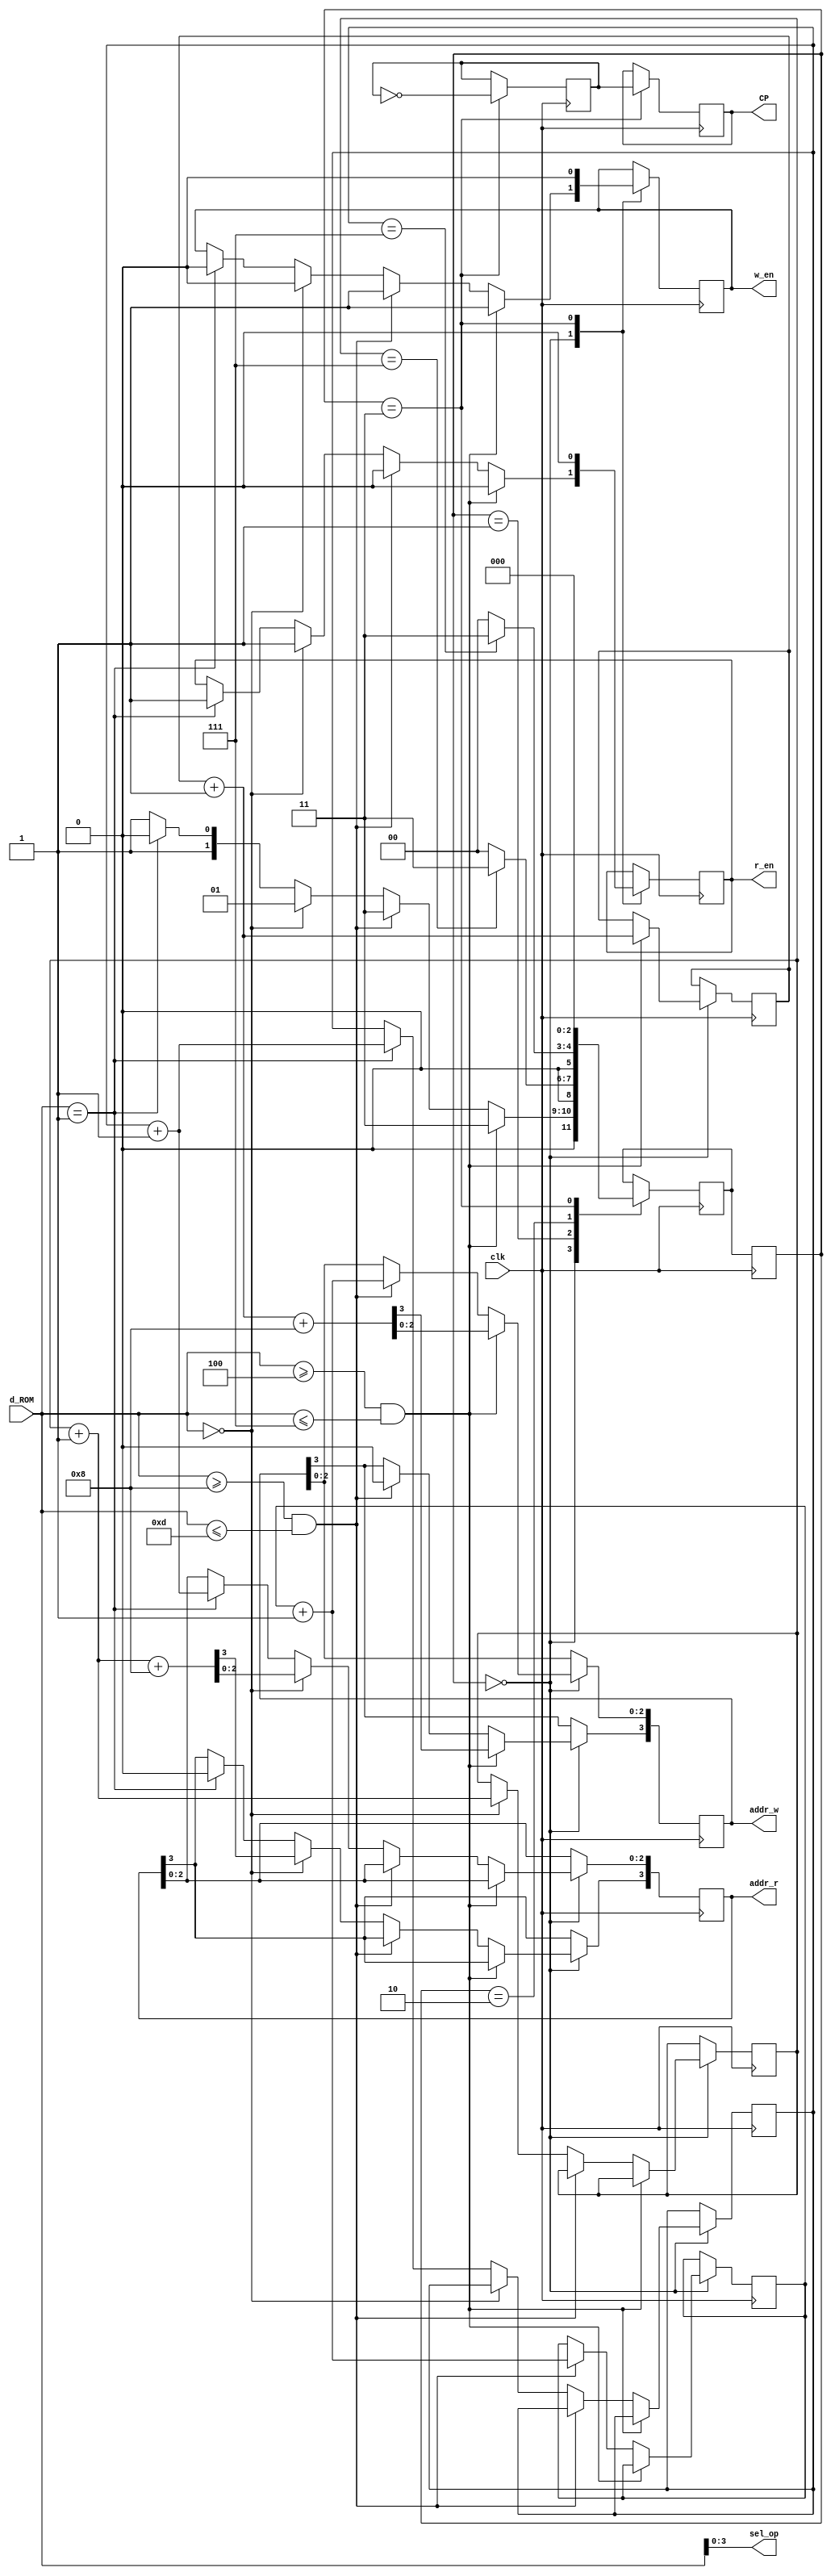
`timescale 1ns / 1ps
//////////////////////////////////////////////////////////////////////////////////
// Company: 
// Engineer: 
// 
// Design Name: 
// Module Name: unidaddeControl
// Project Name: 
// Target Devices: 
// Tool Versions: 
// Description: 
// 
// Dependencies: 
// 
// Revision:
// Revision 0.01 - File Created
// Additional Comments:
// 
//////////////////////////////////////////////////////////////////////////////////

module UC(
	input clk,
	input [31:0] d_ROM,
	output reg w_en,r_en,CP,
	output reg [3:0] sel_op,addr_w,addr_r
);
    reg auxCP = 0;
	localparam S0 = 0, S1 = 1, S2 = 2, S3 = 3, S4 = 4;	//Estados
    reg [2:0] Edo_act = S3;
    reg [2:0] Edo_sig;
    reg [2:0] aux_addr_wArit = 3'b111;
    reg [2:0] aux_addr_wLogic = 3'b111;
    
    reg [2:0] aux_addr_rArit = 3'b111;
    reg [2:0] aux_addr_rLogic = 3'b111;
    
    always@(d_ROM)
    begin
        sel_op = d_ROM[3:0];   
    end
    
    always@(posedge clk)
    begin
        case(Edo_act)
            S0:
            begin
                if(d_ROM >= 4'b0100 && d_ROM <= 4'b0111) //Arith
                begin
                    aux_addr_wArit = aux_addr_wArit + 1;
                    addr_w[3:0] <= aux_addr_wArit + 8; 
                    
                     w_en <= 1'b1;
                     r_en <= 1'b0;
                    
                    Edo_sig = S3;
                end
                else if(d_ROM >= 4'b1000 && d_ROM <= 4'b1101) //Logic
                begin 
                    aux_addr_wLogic = aux_addr_wLogic + 1;
                    addr_w[3] <= 1'b0;
                    addr_w[2:0] <= aux_addr_wLogic;    
                    
                     w_en <= 1'b1;
                     r_en <= 1'b0;
                    
                    Edo_sig <= S3;                
                end
                
                else if(d_ROM == 4'b0000)    //Leer arith
                begin             
                    aux_addr_rArit = aux_addr_rArit + 1;
                    addr_r <= aux_addr_rArit + 8;
        
                    w_en <= 1'b0;
                    r_en <= 1'b1;
                    Edo_sig <= 1;                
                end
                else if(d_ROM == 4'b0001)    //Leer logic
                begin
                    aux_addr_rLogic = aux_addr_rLogic + 1;
                    addr_r[3] <= 1'b0;
                    addr_r[2:0] <= aux_addr_rLogic;   
                    
                    w_en <= 1'b0;
                    r_en <= 1'b1;
                                        
                    Edo_sig <= 2;
                end
                else                
                    Edo_sig <= S3;
                   
            end//S0
            
            S1:
            begin
                if(aux_addr_rArit == 3'b111) 
                    Edo_sig = S3;
                else
                    Edo_sig = S0;
            end //FIN estado 2
            
            S2:
            begin        
                if(aux_addr_rLogic == 3'b111) 
                    Edo_sig = S3;
                else
                    Edo_sig = S0;
            end //FIN estado 2                 

            S3:
            begin
                auxCP <= ~auxCP;
                CP <= auxCP;
                w_en <= 1'b0;
                r_en <= 1'b0;
                Edo_sig = S0;                
            end            
        endcase//Edo_act
    end// end always
    
	always@(posedge clk)
    begin
       Edo_act <= Edo_sig;   
    end

endmodule